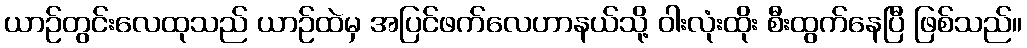
ယာဉ်တွင်းလေထုသည် ယာဉ်ထဲမှ အပြင်ဖက်လေဟာနယ်သို့ ဝါးလုံးထိုး စီးထွက်နေပြီ ဖြစ်သည်။